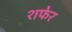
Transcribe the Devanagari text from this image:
शफेर